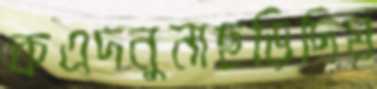
কএদনুনাছড়িদিম